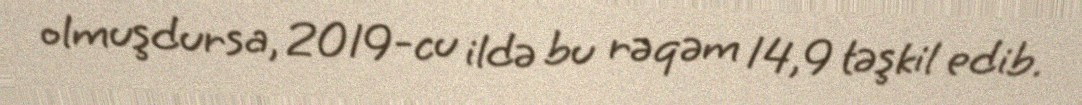
olmuşdursa, 2019-cu ildə bu rəqəm 14,9 təşkil edib.